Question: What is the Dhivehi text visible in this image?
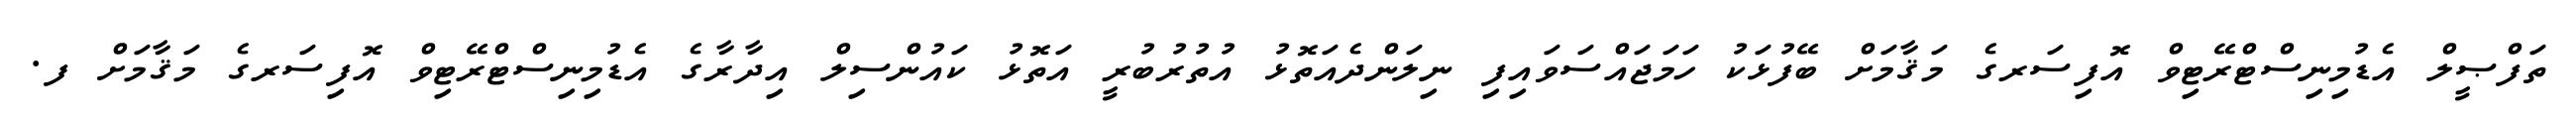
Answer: ތަފްޞީލް އެޑުމިނިސްޓްރޭޓިވް އޮފިސަރގެ މަޤާމަށް ބޭފުޅަކު ހަމަޖައްސަވައިފި ނިލަންދެއަތޮޅު އުތުރުބުރީ އަތޮޅު ކައުންސިލް އިދާރާގެ އެޑުމިނިސްޓްރޭޓިވް އޮފިސަރގެ މަޤާމަށް ފ.